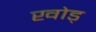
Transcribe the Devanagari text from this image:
खोड्